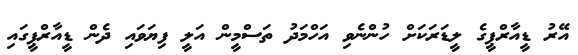
އޭރު ޑީއާރްޕީގެ ލީޑަރަކަށް ހުންނެވި އަހްމަދު ތަސްމީން އަލީ ފިޔަވައި ދެން ޑީއާރްޕީގައި